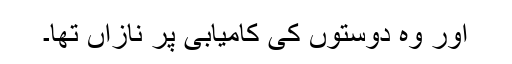
اور وہ دوستوں کی کامیابی پر نازاں تھا۔